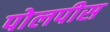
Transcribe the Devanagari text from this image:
पोलपीस